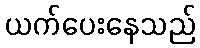
ယက်ပေးနေသည်